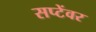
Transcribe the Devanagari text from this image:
सप्टेंवर